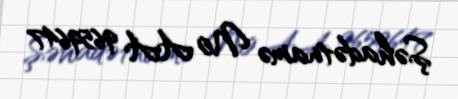
Şəhadətnamə № AA 9659647